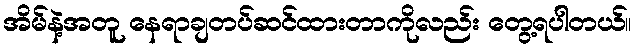
အိမ်နဲ့အတူ နေရာချတပ်ဆင်ထားတာကိုလည်း တွေ့ရပါတယ်။